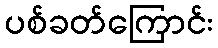
ပစ်ခတ်ကြောင်း